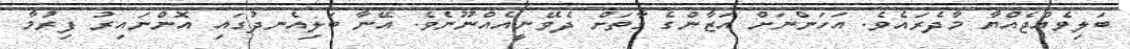
ބަލިވެއްޖެއްޔާ މާދެރައެވެ. އަހަންނަށް އަޒާންގެ ގާތަށް ދެވޭނީއެއްނޫނެވެ. އޭނާ ބަލިއެނދުގައި އޮންނައިރު ފިރުމާ